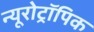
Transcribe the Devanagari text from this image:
न्यूरोट्रॉपिक